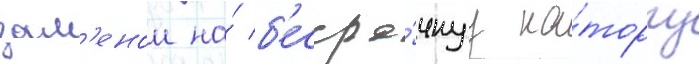
зам'енои на́ б'ессро́чнуу ка́торгу